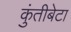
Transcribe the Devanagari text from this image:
कुंतीबेटा